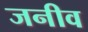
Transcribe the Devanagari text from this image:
जनीव